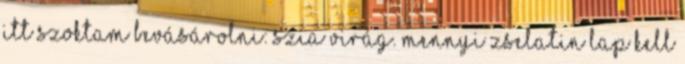
Itt szoktam bevásárolni: Szia Virág. Mennyi zselatin lap kell